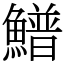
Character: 䲕